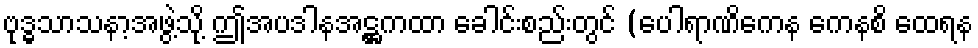
ဗုဒ္ဓသာသနာ့အဖွဲ့သို့ ဤအပဒါနအဋ္ဌကထာ ခေါင်းစည်းတွင် (ပေါရာဏိကေန ကေနစိ ထေရန